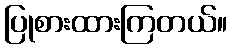
ပြုစားထားကြတယ်။